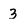
Character: 3